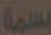
بسمة